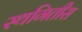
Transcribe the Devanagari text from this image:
स्थगितीस